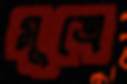
মূত্রে